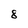
Character: 8